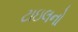
ટાઇલનો